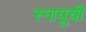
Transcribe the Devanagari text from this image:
स्नायूची